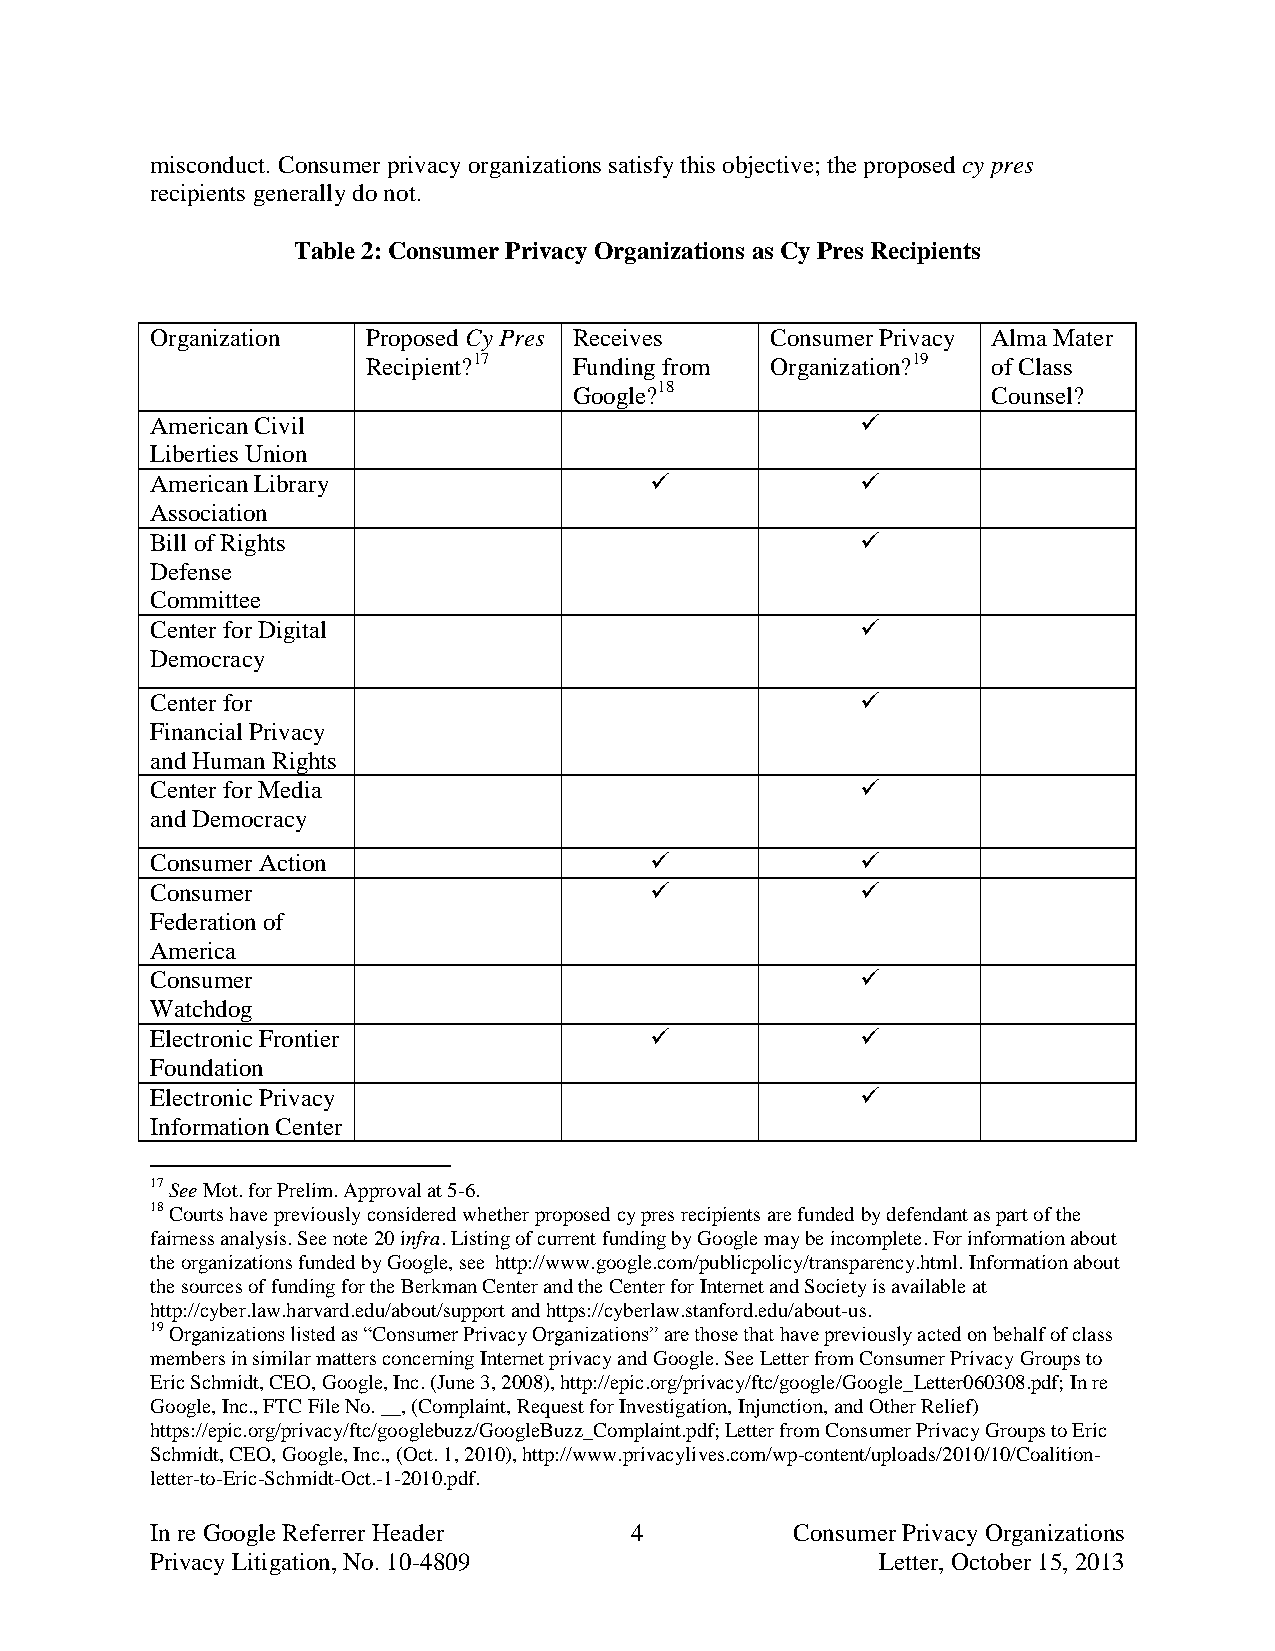
misconduct. Consumer privacy organizations satisfy this objective; the proposed cy pres
 recipients generally do not.
 Table 2: Consumer Privacy Organizations as Cy Pres Recipients
 Organization  Proposed Cy Pres Receives  Consumer Privacy Alma Mater
 Recipient?17  Funding from Organization?19 of Class
 Google?18                   Counsel?
 American Civil                                 
 Liberties Union
 American Library                              
 Association
 Bill of Rights                                 
 Defense
 Committee
 Center for Digital                             
 Democracy
 Center for                                     
 Financial Privacy
 and Human Rights
 Center for Media                               
 and Democracy
 Consumer Action                               
 Consumer                                      
 Federation of
 America
 Consumer                                       
 Watchdog
 Electronic Frontier                           
 Foundation
 Electronic Privacy                             
 Information Center
 17 See Mot. for Prelim. Approval at 5-6.
 18 Courts have previously considered whether proposed cy pres recipients are funded by defendant as part of the
 fairness analysis. See note 20 infra. Listing of current funding by Google may be incomplete. For information about
 the organizations funded by Google, see http://www.google.com/publicpolicy/transparency.html. Information about
 the sources of funding for the Berkman Center and the Center for Internet and Society is available at
 http://cyber.law.harvard.edu/about/support and https://cyberlaw.stanford.edu/about-us.
 19 Organizations listed as “Consumer Privacy Organizations” are those that have previously acted on behalf of class
 members in similar matters concerning Internet privacy and Google. See Letter from Consumer Privacy Groups to
 Eric Schmidt, CEO, Google, Inc. (June 3, 2008), http://epic.org/privacy/ftc/google/Google_Letter060308.pdf; In re
 Google, Inc., FTC File No. __, (Complaint, Request for Investigation, Injunction, and Other Relief)
 https://epic.org/privacy/ftc/googlebuzz/GoogleBuzz_Complaint.pdf; Letter from Consumer Privacy Groups to Eric
 Schmidt, CEO, Google, Inc., (Oct. 1, 2010), http://www.privacylives.com/wp-content/uploads/2010/10/Coalition-
 letter-to-Eric-Schmidt-Oct.-1-2010.pdf.
 In re Google Referrer Header    4          Consumer Privacy Organizations
 Privacy Litigation, No. 10-4809                 Letter, October 15, 2013